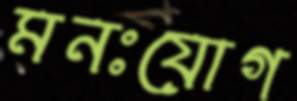
মনঃযোগ